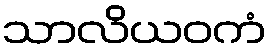
သာလိယဝကံ